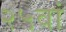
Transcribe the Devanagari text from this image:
२५वां